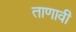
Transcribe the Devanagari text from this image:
ताणावी